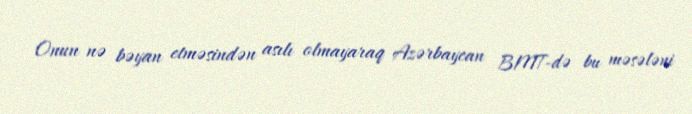
Onun nə bəyan etməsindən asılı olmayaraq Azərbaycan BMT-də bu məsələni